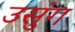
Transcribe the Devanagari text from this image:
उसुंग